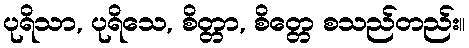
ပုရိသာ, ပုရိသေ, စိတ္တာ, စိတ္တေ စသည်တည်း။